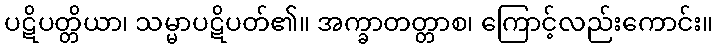
ပဋိပတ္တိယာ၊ သမ္မာပဋိပတ်၏။ အက္ခာတတ္တာစ၊ ကြောင့်လည်းကောင်း။